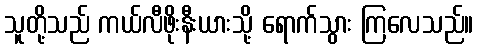
သူတို့သည် ကယ်လီဖိုးနီးယားသို့ ရောက်သွား ကြလေသည်။